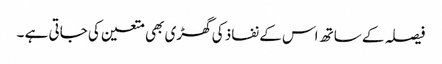
فیصلہ کے ساتھ اس کے نفاذ کی گھڑی بھی متعین کی جاتی ہے ۔